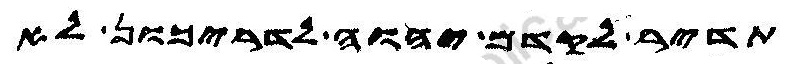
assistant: תדיר לקדם יהוה לדריכון לא